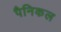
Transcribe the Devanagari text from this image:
पैनिकल